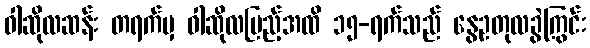
ဝါဆိုလဆန်း တရက်မှ ဝါဆိုလပြည့်အထိ ၁၅-ရက်သည် နွေဥတုလခွဲကြွင်း